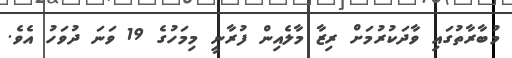
މުބާރާތުގައި ވާދަކުރުމަށް ރިޒާ މާލެއިން ފުރާނީ މިމަހުގެ 19 ވަނަ ދުވަހު އެވެ.